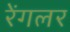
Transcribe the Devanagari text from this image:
रेंगलर